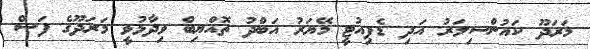
މަރަދޫ ކައުންސިލަރު އަދި ޑެޕިއުޓީ މޭޔަރު އަބްދު ތޮއްޔިބް ވިދާޅުވީ މަރަދޫގެ ފަސް